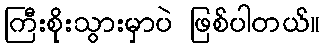
ကြီးစိုးသွားမှာပဲ ဖြစ်ပါတယ်။